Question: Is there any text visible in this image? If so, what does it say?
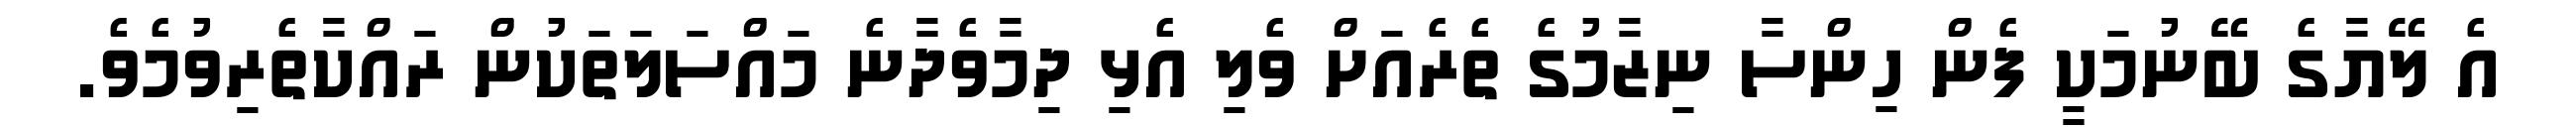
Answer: އެ ލޭޔާގެ ބޭނުމަކީ ފެން ހިންސާ ނިޒާމުގެ ތެރެއަށް ވެލި އެޅި ދިމާވެދާނެ މައްސަލަތަކުން ރައްކާތެރިވުމެވެ.